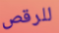
للرقص